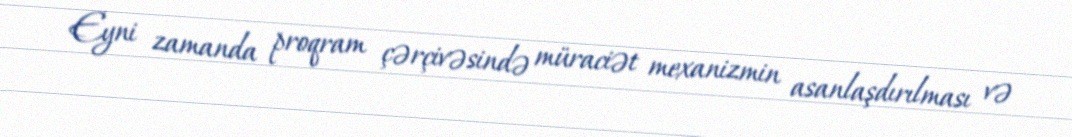
Eyni zamanda proqram çərçivəsində müraciət mexanizmin asanlaşdırılması və